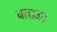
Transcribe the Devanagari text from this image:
बताऊँ।